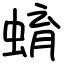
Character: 蜟